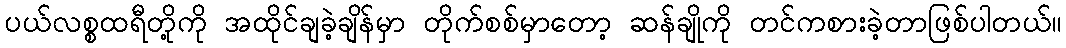
ပယ်လစ္စထရီတို့ကို အထိုင်ချခဲ့ချိန်မှာ တိုက်စစ်မှာတော့ ဆန်ချိုကို တင်ကစားခဲ့တာဖြစ်ပါတယ်။